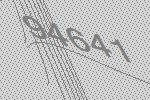
94641